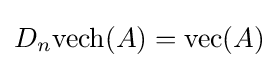
D_{n}\mathrm {vech} (A)=\mathrm {vec} (A)